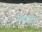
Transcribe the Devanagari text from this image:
अंर्तध्वंस